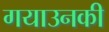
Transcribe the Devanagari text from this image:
गयाउनकी